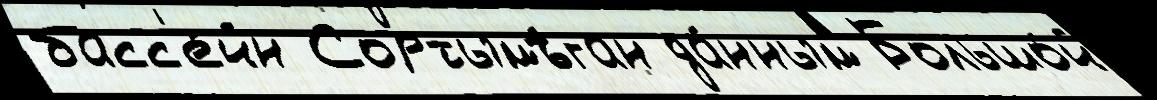
басс'е́йн Сортымъ́ган да́нным Большо́й